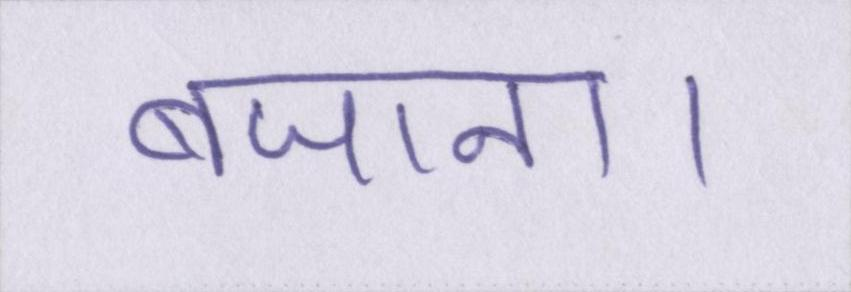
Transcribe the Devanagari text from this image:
बजाना।